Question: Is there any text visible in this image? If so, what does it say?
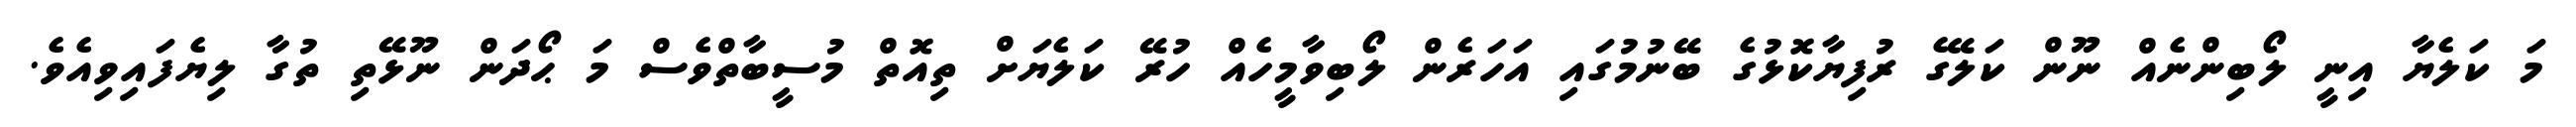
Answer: މަ ކަލެޔާ އިނީ ލޯބިންނެއް ނޫން ކަލޭގެ ރުފިޔާކޮޅުގެ ބޭނުމުގައި އަހަރެން ލޯބިވާމީހެއް ހުރޭ ކަލެޔަށް ތިއޮތް މުސީބާތްވެސް މަ ޙޯދަން ނޫޅޭތި ތުގާ ލިޔެފައިވިއެވެ.